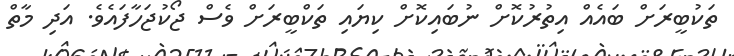
ތަކުބީރަށް ބައެއް އިތުރުކޮށް ނުބައިކޮށް ކިޔައި ތަކްބީރަށް ވެސް ޖޯކުޖަހާފައެވެ. އަދި މާތް